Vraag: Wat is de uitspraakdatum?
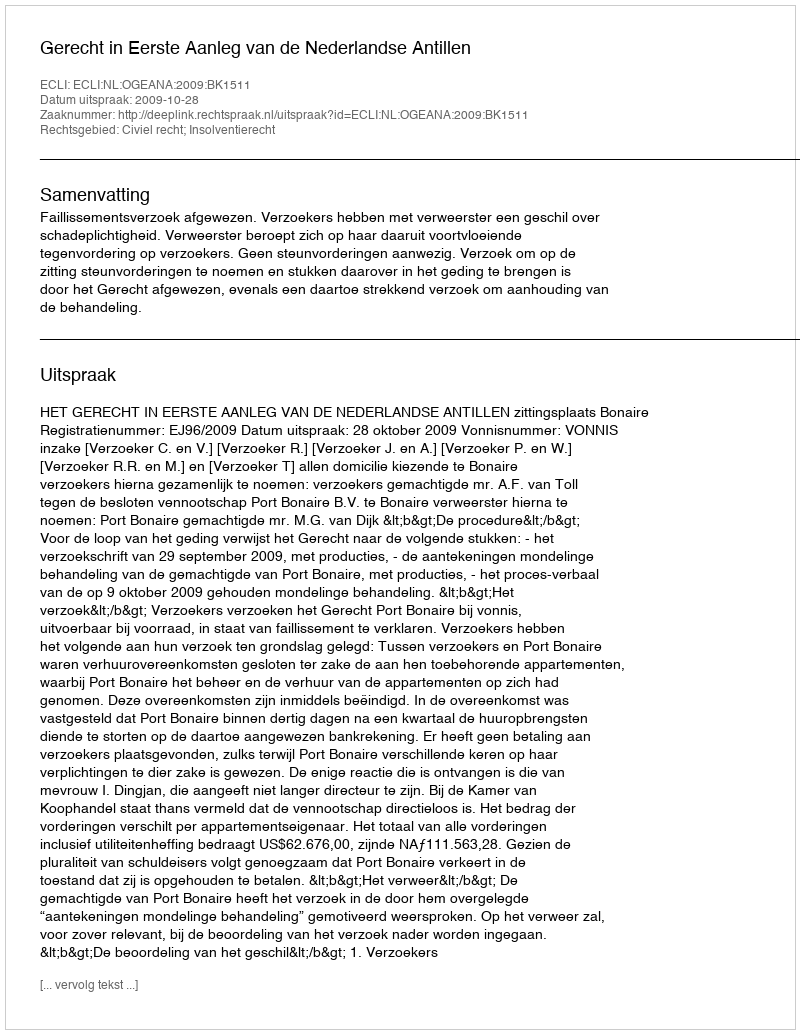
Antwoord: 2009-10-28